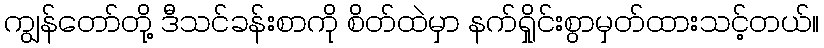
ကျွန်တော်တို့ ဒီသင်ခန်းစာကို စိတ်ထဲမှာ နက်ရှိုင်းစွာမှတ်ထားသင့်တယ်။